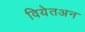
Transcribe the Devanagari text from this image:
वियेतअन